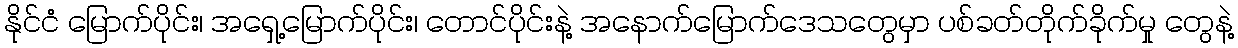
နိုင်ငံ မြောက်ပိုင်း၊ အရှေ့မြောက်ပိုင်း၊ တောင်ပိုင်းနဲ့ အနောက်မြောက်ဒေသတွေမှာ ပစ်ခတ်တိုက်ခိုက်မှု တွေနဲ့